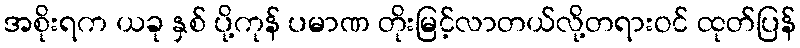
အစိုးရက ယခု နှစ် ပို့ကုန် ပမာဏ တိုးမြင့်လာတယ်လို့တရားဝင် ထုတ်ပြန်